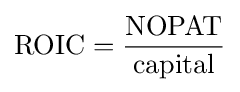
{\text{ROIC}}={\frac {\text{NOPAT}}{\text{capital}}}